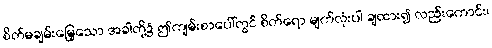
စိတ်မချမ်းမြေ့သော အခါတို့၌ ဤကျမ်းစာပေါ်တွင် စိတ်ရော မျက်လုံးပါ ချထား၍ လည်းကောင်း၊